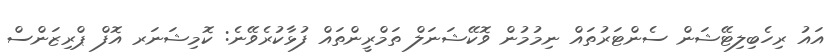
އައު ރިހެބިލިޓޭޝަން ސެންޓަރުތައްް ނިމުމުން ވޮކޭޝަނަލް ތަމްރީންތައް ފުޅާކުރެވޭނެ: ކޮމިޝަނަރ އޮފް ޕްރިޒަންސް